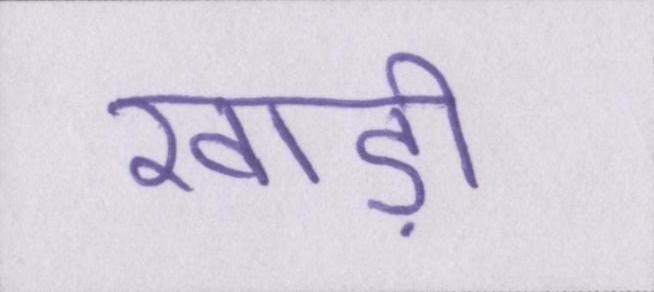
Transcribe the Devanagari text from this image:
खाड़ी